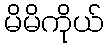
မိမိကိုယ်